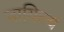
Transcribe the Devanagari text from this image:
चायिल्यं